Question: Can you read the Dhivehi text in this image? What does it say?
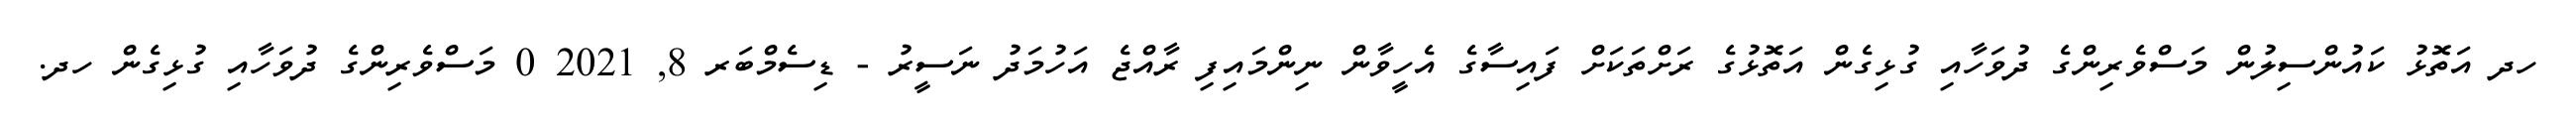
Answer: ހދ އަތޮޅު ކައުންސިލުން މަސްވެރިންގެ ދުވަހާއި ގުޅިގެން އަތޮޅުގެ ރަށްތަކަށް ފައިސާގެ އެހީވާން ނިންމައިފި ރާއްޖެ އަހުމަދު ނަސީރު - ޑިސެމްބަރ 8, 2021 0 މަސްވެރިންގެ ދުވަހާއި ގުޅިގެން ހދ.